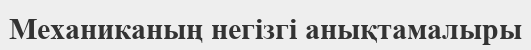
Механиканың негізгі анықтамалыры